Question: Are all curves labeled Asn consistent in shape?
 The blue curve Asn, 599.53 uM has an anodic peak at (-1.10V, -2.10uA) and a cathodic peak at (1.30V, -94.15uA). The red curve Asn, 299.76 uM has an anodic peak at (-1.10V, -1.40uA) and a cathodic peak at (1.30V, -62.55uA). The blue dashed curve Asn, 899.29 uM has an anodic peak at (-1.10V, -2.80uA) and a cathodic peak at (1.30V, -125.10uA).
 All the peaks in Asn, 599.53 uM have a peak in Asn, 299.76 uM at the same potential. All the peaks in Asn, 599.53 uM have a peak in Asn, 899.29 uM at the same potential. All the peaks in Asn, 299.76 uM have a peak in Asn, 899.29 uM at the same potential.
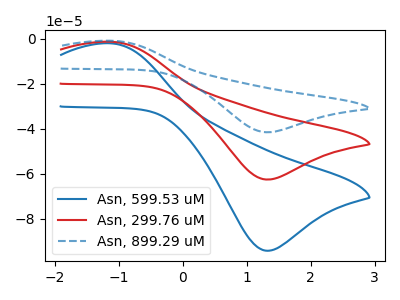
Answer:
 <answer>All the CV's of "Asn" have similar shape.</answer>
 <eval>follow_rule</eval>